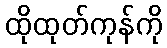
ထိုထုတ်ကုန်ကို